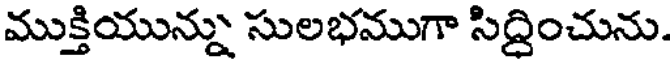
ముక్తియున్ను సులభముగా సిద్దించును.